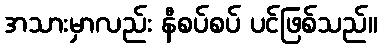
အသားမှာလည်း နီစပ်စပ် ပင်ဖြစ်သည်။